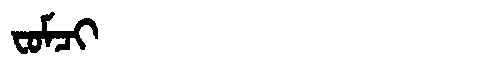
Manchu: ᠸᠣᠮᠴᡳ
Romanization: FOMCI